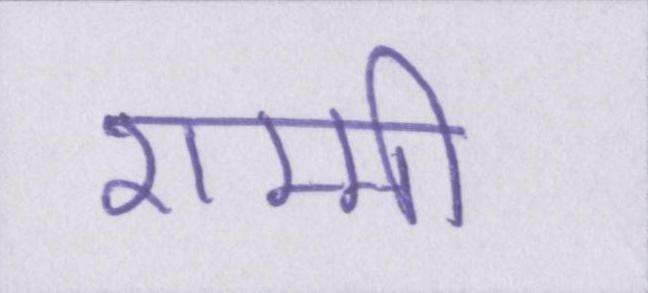
शम्मी